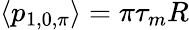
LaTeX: \langle p_{1,0,\pi}\rangle=\pi\tau_{m}R